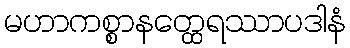
မဟာကစ္စာနတ္ထေရဿာပဒါနံ